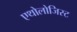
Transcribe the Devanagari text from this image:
एथोलोजिस्ट